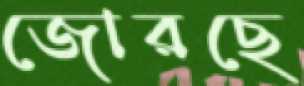
জোরছে